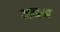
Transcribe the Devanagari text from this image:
मन्रम